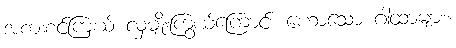
အစားစင်ကြယ် လှမျိုးကြွယ်ကြောင်း ဟောသော ဂါထာများ။